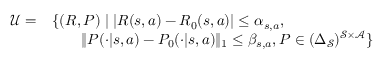
\begin{array} { r l } { \mathcal { U } = } & { \{ ( R , P ) \mid \lvert R ( s , a ) - R _ { 0 } ( s , a ) \rvert \leq \alpha _ { s , a } , } \\ & { \qquad \lVert P ( \cdot | s , a ) - P _ { 0 } ( \cdot | s , a ) \rVert _ { 1 } \leq \beta _ { s , a } , P \in ( \Delta _ { \mathcal { S } } ) ^ { \mathcal { S } \times \mathcal { A } } \} } \end{array}